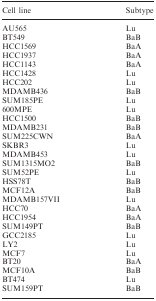
| Cell line | Subtype |
 | --- | --- |
 | AU565 | Lu |
 | BT549 | BaB |
 | HCC1569 | BaA |
 | HCC1937 | BaA |
 | HCC1143 | BaA |
 | HCC1428 | Lu |
 | HCC202 | Lu |
 | MDAMB436 | BaB |
 | SUM185PE | Lu |
 | 600MPE | Lu |
 | HCC1500 | BaB |
 | MDAMB231 | BaB |
 | SUM225CWN | BaA |
 | SKBR3 | Lu |
 | MDAMB453 | Lu |
 | SUM1315MO2 | BaB |
 | SUM52PE | Lu |
 | HSS78T | BaB |
 | MCF12A | BaB |
 | MDAMB157VII | Lu |
 | HCC70 | BaA |
 | HCC1954 | BaA |
 | SUM149PT | BaB |
 | GCC2185 | Lu |
 | LY2 | Lu |
 | MCF7 | Lu |
 | BT20 | BaA |
 | MCF10A | BaB |
 | BT474 | Lu |
 | SUM159PT | BaB |